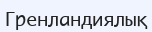
Гренландиялық